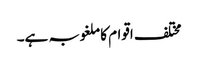
مختلف اقوام کا ملغوبہ ہے۔